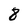
Character: 8